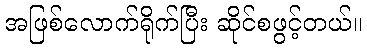
အဖြစ်လောက်ရိုက်ပြီး ဆိုင်စဖွင့်တယ်။